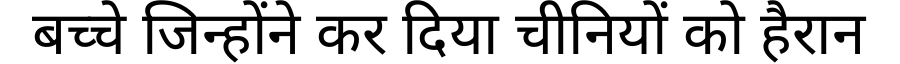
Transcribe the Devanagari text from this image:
बच्चे जिन्होंने कर दिया चीनियों को हैरान